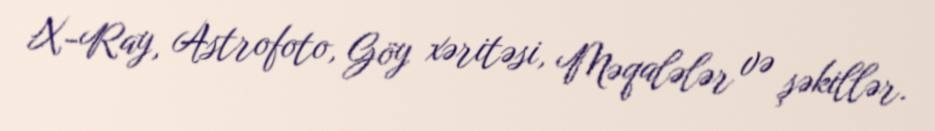
X-Ray, Astrofoto, Göy xəritəsi, Məqalələr və şəkillər.